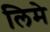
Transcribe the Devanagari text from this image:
लिमे